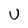
Character: U